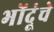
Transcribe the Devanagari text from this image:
भोंदूंचे